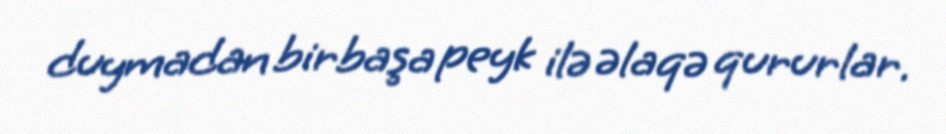
duymadan birbaşa peyk ilə əlaqə qururlar.